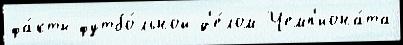
фа́кты футбо́льной д'е́лом Чемп'иона́та